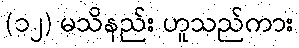
(၁၂) မသိနည်း ဟူသည်ကား